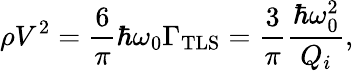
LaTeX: \rho V^{2}=\frac{6}{\pi}\hbar\omega_{0}\Gamma_{\mathrm{TLS}}=\frac{3}{\pi}\frac{\hbar\omega_{0}^{2}}{Q_{i}},